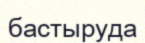
бастыруда